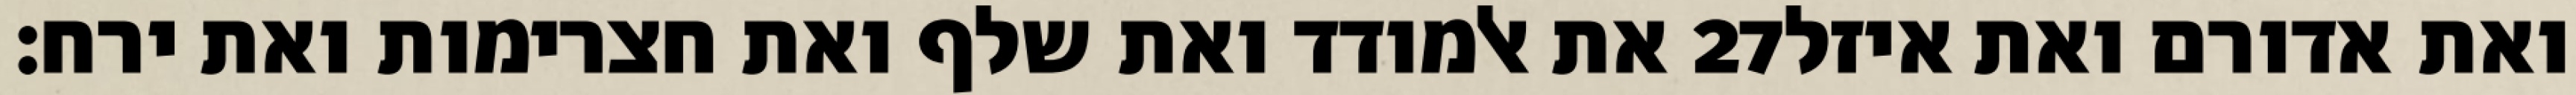
את אלמודד ואת שלף ואת חצרימות ואת ירח׃ ‎27‏ ואת אדורם ואת איזל